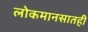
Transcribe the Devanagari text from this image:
लोकमानसातही